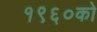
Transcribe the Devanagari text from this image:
१९६०को